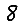
Digit: 8